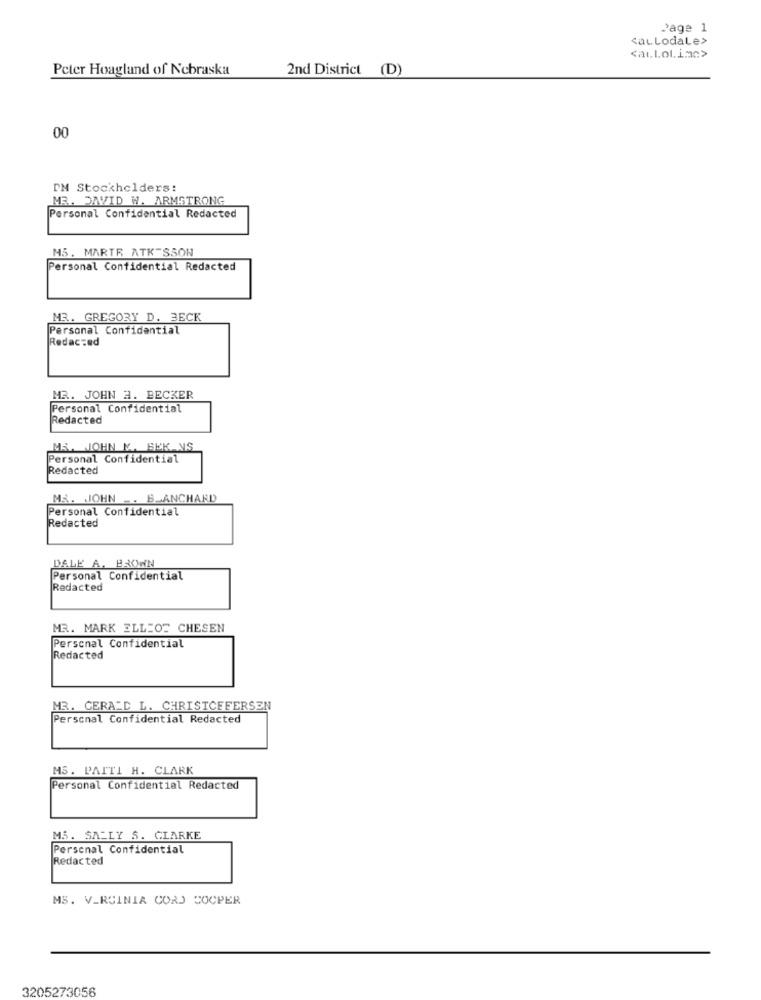
Page 1
<aL LodaLe>
<auLol.imc>
Peter Hoagland of Nebraska
2nd District (D)
00
IM Stockholders:
NR. DAVID W. ARMSTRONG
Personal Confidential Redacted
MS. MARTE ATK SSON
Personal Confidential Redacted
MR. GREGORY D. 3ECK
Personal Confidential
Redacted
MR. JOHN #. BECKER
Personal Confidential
Redacted
MA. JOHN K. BEK NS
Personal Confidential
Redacted
MA. JOHN -. BLANCHARD
Personal Confidential
Redacted
DALE A. BROWN
Personal Confidential
Redacted
MR. MARK ELLIOT CHESEN
Personal Confidential
Redacted
MR. GERALD L. CHRISTOFFERSEN
Personal Confidential Redacted
MS. PAITI H. CLARK
Personal Confidential Redacted
MS. SALLY S. CLARKE
Personal Confidential
Redacted
MS. VIRGINIA CORD COCPER
3205273056